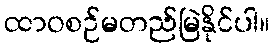
ထာဝစဉ်မတည်မြဲနိုင်ပါ။